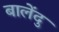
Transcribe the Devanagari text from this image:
बालेंदु